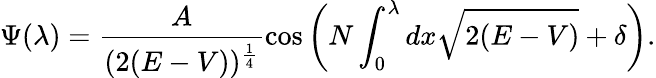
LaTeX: \Psi(\lambda)=\frac{A}{(2(E-V))^{\frac{1}{4}}}\cos\left(N\int_{0}^{\lambda}dx\sqrt{2(E-V)}+\delta\right).